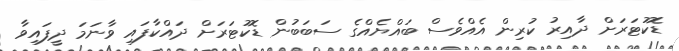
ޑޮކުޓަރަށް ދާއިރު ކުރިން އެއްވެސް ބައްޔެއްގެ ސަބަބުން ޑޮކުޓަރަށް ދައްކާފައި ވާނަމަ ދީފައިވާ